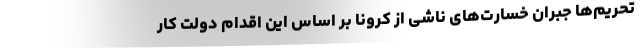
تحریم‌ها جبران خسارت‌های ناشی از کرونا بر اساس این اقدام دولت کار